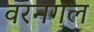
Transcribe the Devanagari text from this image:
वरनगल